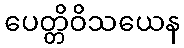
ပေတ္တိဝိသယေန